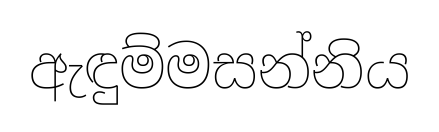
ඇඳුම්මසන්නිය